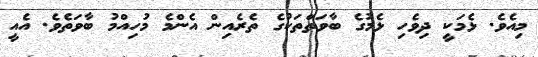
މިއެވެ. ޅެމަކީ ދިވެހި ޅެމުގެ ބާވަތްތަކުގެ ތެރެއިން އެންމެ މުހިއްމު ބާވަތެވެ. އެއީ